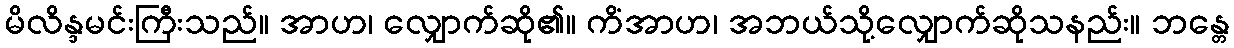
မိလိန္ဒမင်းကြီးသည်။ အာဟ၊ လျှောက်ဆို၏။ ကိံအာဟ၊ အဘယ်သို့လျှောက်ဆိုသနည်း။ ဘန္တေ